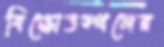
বিক্ষোভস্থলের